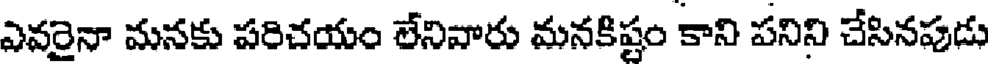
ఎవరైనా మనకు పరిచయం లేనివారు మనకిష్టం కాని పనిని చేసినపుడు